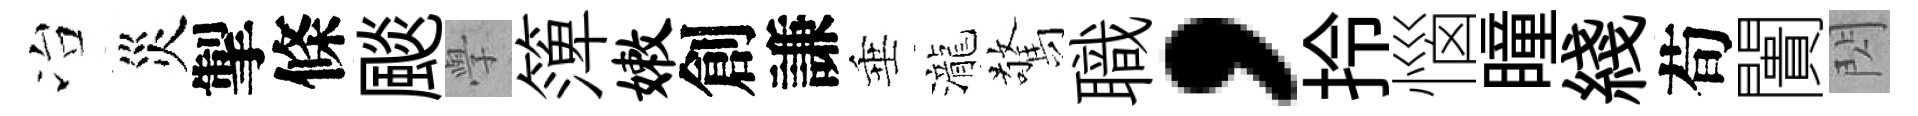
冶災掣條颷𭓕𥱼嫩創謙垂瀧驚職，拎惱瞳綫荀闠閃